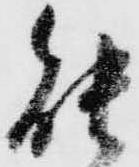
能